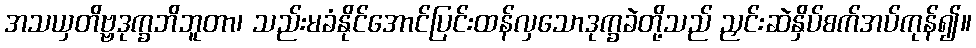
အသယှတိဗ္ဗဒုက္ခဘိဘူတာ၊ သည်းမခံနိုင်အောင်ပြင်းထန်လှသောဒုက္ခခဲတို့သည် ညှင်းဆဲနှိပ်စက်အပ်ကုန်၍။